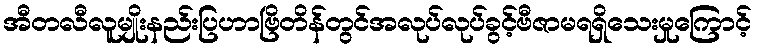
အီတလီလူမျိုးနည်းပြဟာဗြိတိန်တွင်အလုပ်လုပ်ခွင့်ဗီဇာမရရှိသေးမှုကြောင့်